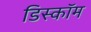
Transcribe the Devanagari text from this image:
डिस्कॉम